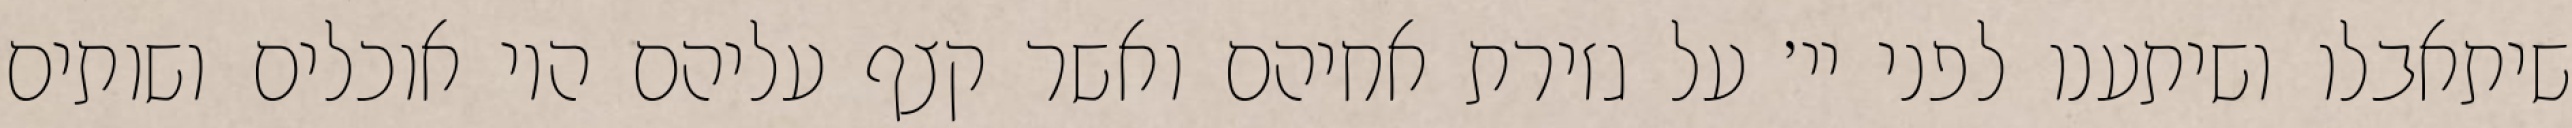
שיתאבלו ושיתענו לפני יי׳ על גזירת אחיהם ואשר קצף עליהם היו אוכלים ושותים